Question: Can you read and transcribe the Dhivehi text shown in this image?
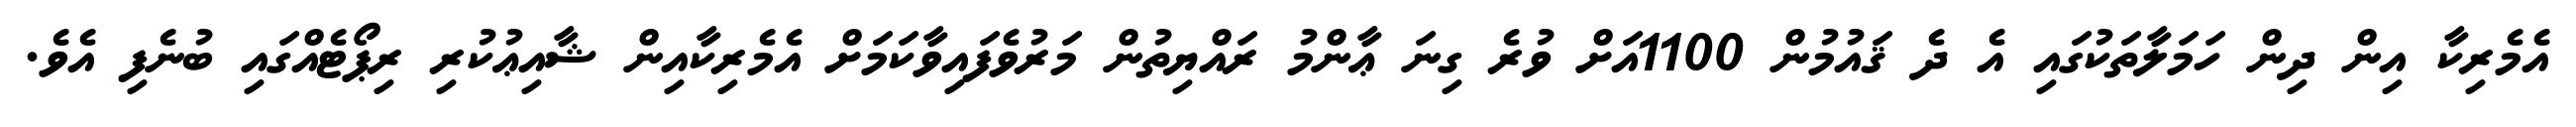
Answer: އެމެރިކާ އިން ދިން ހަމަލާތަކުގައި އެ ދެ ޤައުމުން 1100އަށް ވުރެ ގިނަ ޢާންމު ރައްޔިތުން މަރުވެފައިވާކަމަށް އެމެރިކާއިން ޝާއިޢުކުރި ރިޕޯޓެއްގައި ބުނެފި އެވެ.